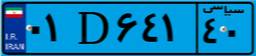
۴۹D۲۷۸۲۷